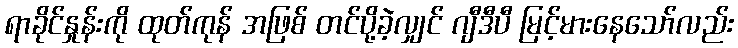
ရာခိုင်နှုန်းကို ထုတ်ကုန် အဖြစ် တင်ပို့ခဲ့လျှင် ဂျီဒီပီ မြင့်မားနေသော်လည်း